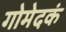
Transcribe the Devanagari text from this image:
गोमेदकं